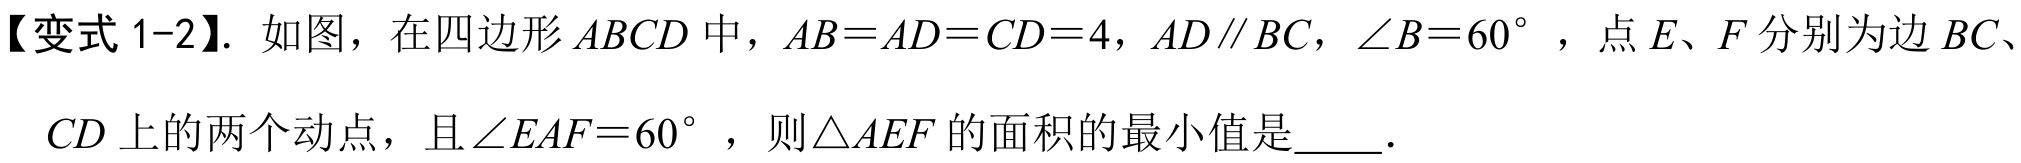
【变式 1-2】. 如图，在四边形 \(ABCD\) 中，\(AB = AD = CD = 4\)，\(AD\parallel BC\)，\(\angle B = 60^{\circ}\) ，点 \(E、F\) 分别为边 \(BC\)、\(CD\) 上的两个动点，且 \(\angle EAF = 60^{\circ}\) ，则 \(\triangle AEF\) 的面积的最小值是  ．